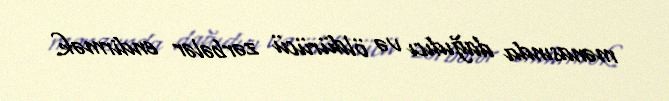
mənasında dağıdıcı və öldürücü zərbələr endirmək.